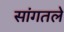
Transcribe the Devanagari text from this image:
सांगतले